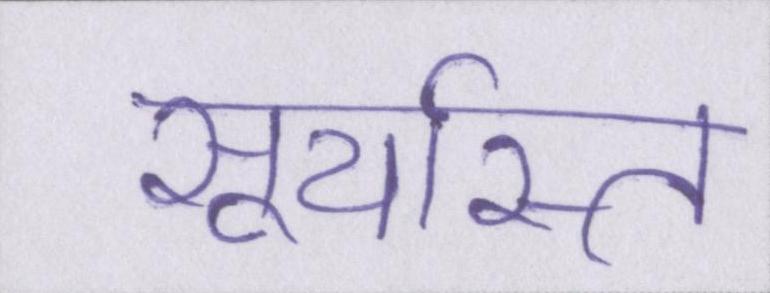
सूर्यास्त